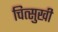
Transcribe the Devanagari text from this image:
चित्सुखी